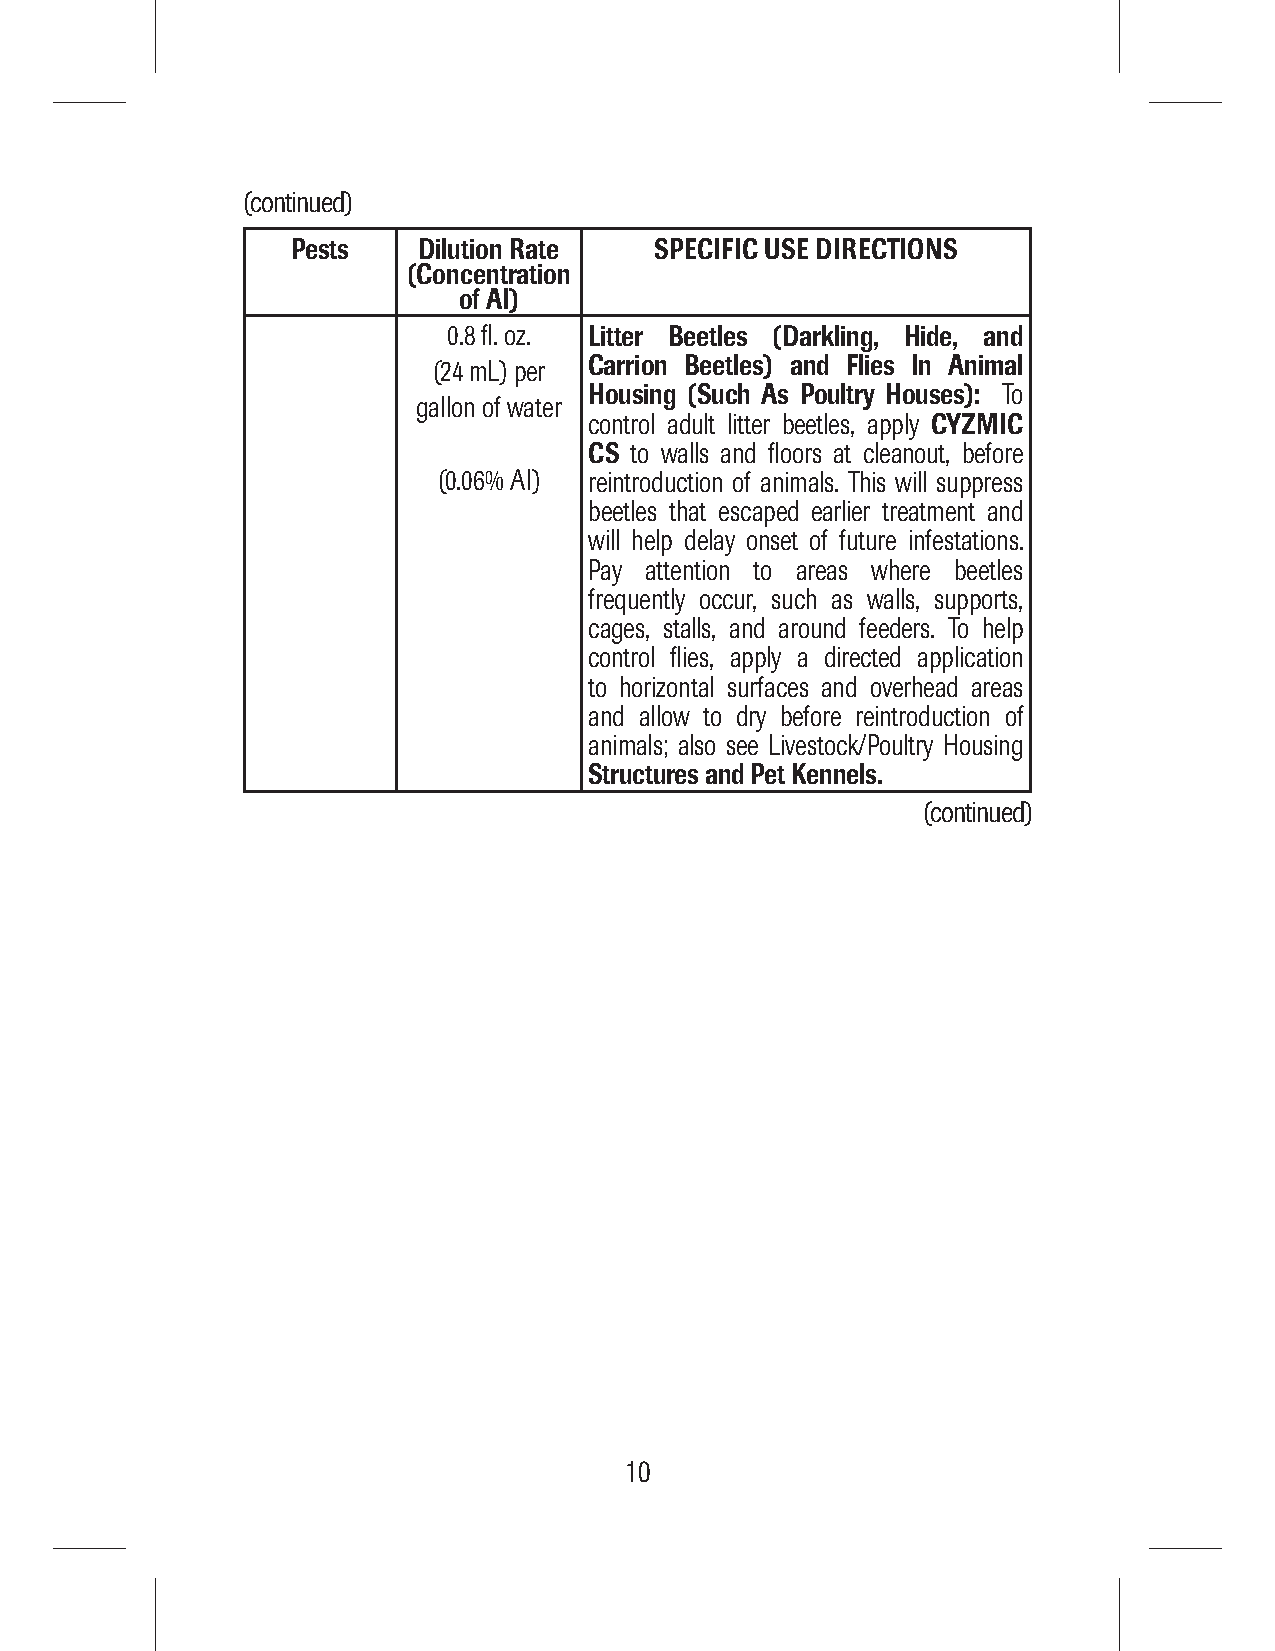
(continued)
 Pests    Dilution Rate  SPECIFIC USE DIRECTIONS
 (Concentration
 of AI)
 0.8 fl. oz. Litter Beetles (Darkling, Hide, and
 (24 mL) per Carrion Beetles) and Flies In Animal
 Housing (Such As Poultry Houses): To
 gallon of water
 control adult litter beetles, apply CYZMIC
 CS to walls and floors at cleanout, before
 (0.06% AI) reintroduction of animals. This will suppress
 beetles that escaped earlier treatment and
 will help delay onset of future infestations.
 Pay attention to areas where beetles
 frequently occur, such as walls, supports,
 cages, stalls, and around feeders. To help
 control flies, apply a directed application
 to horizontal surfaces and overhead areas
 and allow to dry before reintroduction of
 animals; also see Livestock/Poultry Housing
 Structures and Pet Kennels.
 (continued)
 10